Sketch of the medical history of the native army of Bombay, for the year
Year: 1872
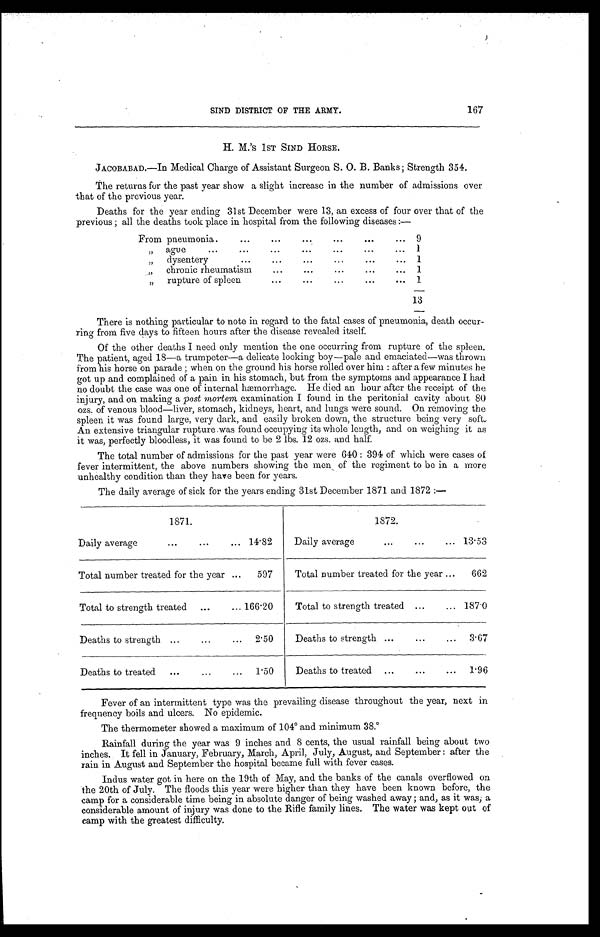
167
SIND DISTRICT OF THE ARMY.
H. M.'S 1ST SIND HORSE.
JACOBABAD.—In Medical Charge of Assistant Surgeon S. O. B. Banks; Strength 354.
The returns fur the past year show a slight increase in the number of admissions over
that of the previous year.
Deaths for the year ending 31st December were 13, an excess of four over that of the
previous; all the deaths took place in hospital from the following diseases:—
From pneumonia.. . .
9
" ague. . .
1
" dys e nt e r y . . .
1
" c h r o n i c r h e u m a t i s m . . .
1
" rupture of spleen . . .
1
13
There is nothing particular to note in regard to the fatal cases of pneumonia, death occur
-ring from five clays to fifteen hours after the disease revealed itself.
Of the other deaths I need only mention the one occurring from rupture of the spleen.
The patient, aged 18—a trumpeter—a delicate looking boy—pale and emaciated—was thrown
from his horse on parade; when on the ground his horse rolled over him: after a few minutes he
got up and complained of a pain in his stomach, but from the symptoms and appearance I had
no doubt the case was one of internal hæmorrhage. He died an hour after the receipt of the
injury, and on making a post mortem examination I found in the peritonial cavity about 80
ozs. of venous blood—liver, stomach, kidneys, heart, and lungs were sound. On removing the
spleen it was found large, very dark, and easily broken down, the structure being very soft.
An extensive triangular rupture was found occupying its whole length, and on weighing it as
it was, perfectly bloodless, it was found to be 2 lbs. 12 ozs. and half.
The total number of admissions for the past year were 640: 394 of which were cases of
fever intermittent, the above numbers showing the men of the regiment to be in a more
unhealthy condition than they have been for years.
The daily average of sick for the years ending 31st December 1871 and 1872:—
1871.
1872.
Daily average . . .
14.82
Daily average . . . 13.53
Total number treated for the year . . .
597
Total number treated for the year . . .
662
Total to strength treated . . .
166.20
Total to strength treated . . . 187.0
Deaths to strength . . .
2.50
Deaths to strength . . .
3.67
Deaths to treated . . .
1.50
Deaths to treated . . .
1.96
Fever of an intermittent type was the prevailing disease throughout the year, next in
frequency boils and ulcers. No epidemic.
The thermometer showed a maximum of 104° and minimum 38.°R
ainfall during the year was 9 inches and 8 cents, the usual rainfall being about two
inches. It fell in January, February, March, April, July, August, and September: after the
rain in August and September the hospital became full with fever cases.
Indus water got in here on the 19th of May, and the banks of the canals overflowed on
the 20th of July. The floods this year were higher than they have been known before, the
camp for a considerable time being in absolute danger of being washed away; and, as it was; a
considerable amount of injury was done to the Rifle family lines. The water was kept out of
camp with the greatest difficulty.